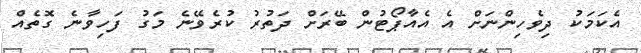
އެކަމަކު ދިވެހިންނަށް އެ އެއާޕޯޓުން ބޭރަށް ދަތުރު ކުރެވޭނެ މަގު ފަހިވާނެ ގޮތެއް